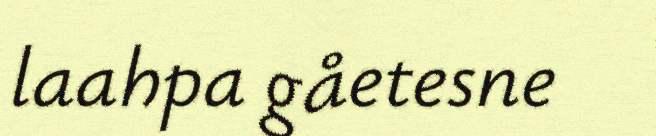
laahpa gåetesne